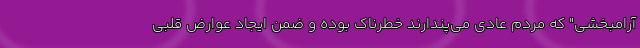
آرامبخشی" که مردم عادی می‌پندارند خطرناک بوده و ضمن ایجاد عوارض قلبی